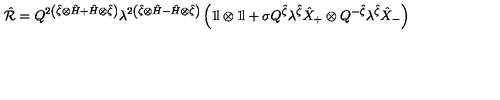
\hat { \cal R } = Q ^ { 2 \left( \hat { \zeta } \otimes \hat { H } + \hat { H } \otimes \hat { \zeta } \right) } \lambda ^ { 2 \left( \hat { \zeta } \otimes \hat { H } - \hat { H } \otimes \hat { \zeta } \right) } \left( 1 \! \mathrm { l } \otimes 1 \! \mathrm { l } + \sigma Q ^ { \hat { \zeta } } \lambda ^ { \hat { \zeta } } \hat { X } _ { + } \otimes Q ^ { - \hat { \zeta } } \lambda ^ { \hat { \zeta } } \hat { X } _ { - } \right)